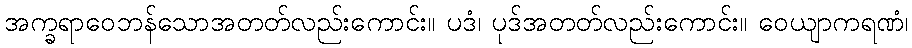
အက္ခရာဝေဘန်သောအတတ်လည်းကောင်း။ ပဒံ၊ ပုဒ်အတတ်လည်းကောင်း။ ဝေယျာကရဏံ၊